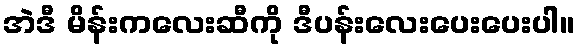
အဲဒီ မိန်းကလေးဆီကို ဒီပန်းလေးပေးပေးပါ။